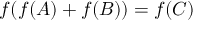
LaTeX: f ( f ( A ) + f ( B ) ) = f ( C )